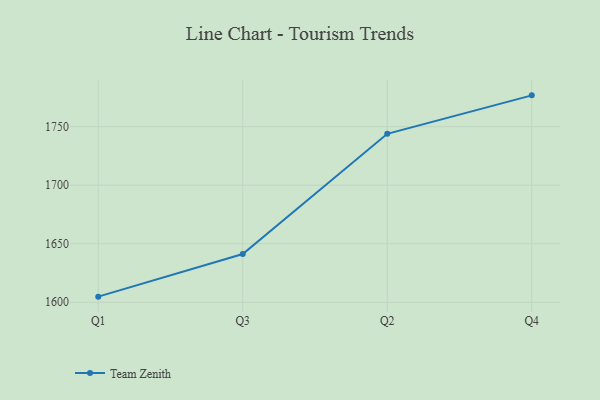
{"axis": {"x": "Quarter", "y": "Energy Usage (MWh)"}, "legend": ["Team Zenith"], "data": [{"x": "Q1", "y": 1604.8, "type": "Team Zenith"}, {"x": "Q3", "y": 1641.2, "type": "Team Zenith"}, {"x": "Q2", "y": 1743.9, "type": "Team Zenith"}, {"x": "Q4", "y": 1776.8, "type": "Team Zenith"}]}